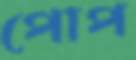
পোপ